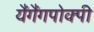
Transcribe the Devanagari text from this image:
यैंगैंगपोक्पी